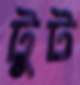
টুট